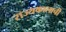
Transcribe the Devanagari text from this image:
राज्यकालाची